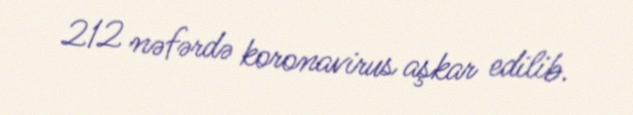
212 nəfərdə koronavirus aşkar edilib.